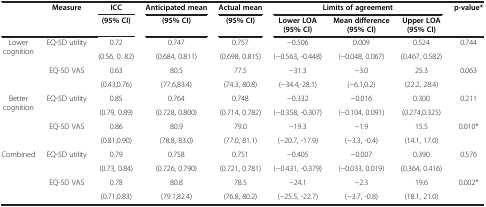
<table><thead><tr><td rowspan="3"><b> </b></td><td rowspan="3"><b>Measure</b></td><td><b>ICC</b></td><td><b>Anticipated mean </b></td><td><b>Actual mean </b></td><td colspan="3"><b>Limits of agreement</b></td><td rowspan="3"><b>p-value*</b></td></tr><tr><td rowspan="2"><b>(95% CI)</b></td><td rowspan="2"><b>(95% CI)</b></td><td rowspan="2"><b>(95% CI)</b></td><td><b>Lower LOA</b></td><td><b>Mean difference</b></td><td><b>Upper LOA</b></td></tr><tr><td><b>(95% CI)</b></td><td><b>(95% CI)</b></td><td><b>(95% CI)</b></td></tr></thead><tbody><tr><td rowspan="4">Lower cognition</td><td rowspan="2">EQ-5D utility</td><td>0.72</td><td>0.747</td><td>0.757</td><td>−0.506</td><td>0.009</td><td>0.524</td><td rowspan="2">0.744</td></tr><tr><td>(0.56, 0. 82)</td><td>(0.684, 0.811)</td><td>(0.698, 0.815)</td><td>(−0.563, -0.448)</td><td>(−0.048, 0.067)</td><td>(0.467, 0.582)</td></tr><tr><td rowspan="2">EQ-5D VAS</td><td>0.63</td><td>80.5</td><td>77.5</td><td>−31.3</td><td>−3.0</td><td>25.3</td><td rowspan="2">0.063</td></tr><tr><td>(0.43,0.76)</td><td>(77.6,83.4)</td><td>(74.3, 80.8)</td><td>(−34.4,-28.1)</td><td>(−6.1,0.2)</td><td>(22.2, 28.4)</td></tr><tr><td rowspan="4">Better cognition</td><td rowspan="2">EQ-5D utility</td><td>0.85</td><td>0.764</td><td>0.748</td><td>−0.332</td><td>−0.016</td><td>0.300</td><td rowspan="2">0.211</td></tr><tr><td>(0.79, 0.89)</td><td>(0.728, 0.800)</td><td>(0.714, 0.782)</td><td>(−0.358, -0.307)</td><td>(−0.104, 0.091)</td><td>(0.274,0.325)</td></tr><tr><td rowspan="2">EQ-5D VAS</td><td>0.86</td><td>80.9</td><td>79.0</td><td>−19.3</td><td>−1.9</td><td>15.5</td><td rowspan="2">0.010*</td></tr><tr><td>(0.81,0.90)</td><td>(78.8, 83.0)</td><td>(77.0, 81.1)</td><td>(−20.7, -17.9)</td><td>(−3.3, -0.4)</td><td>(14.1, 17.0)</td></tr><tr><td rowspan="3">Combined</td><td rowspan="2">EQ-5D utility</td><td>0.79</td><td>0.758</td><td>0.751</td><td>−0.405</td><td>−0.007</td><td>0.390</td><td rowspan="2">0.576</td></tr><tr><td>(0.73, 0.84)</td><td>(0.726, 0.790)</td><td>(0.721, 0.781)</td><td>(−0.431, -0.379)</td><td>(−0.033, 0.019)</td><td>(0.364, 0.416)</td></tr><tr><td>EQ-5D VAS</td><td>0.78</td><td>80.8</td><td>78.5</td><td>−24.1</td><td>−2.3</td><td>19.6</td><td rowspan="2">0.002*</td></tr><tr><td> </td><td> </td><td>(0.71,0.83)</td><td>(79.1,82.4)</td><td>(76.8, 80.2)</td><td>(−25.5, -22.7)</td><td>(−3.7, -0.8)</td><td>(18.1, 21.0)</td></tr></tbody></table>